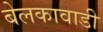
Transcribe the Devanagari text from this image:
बेलकावाडी